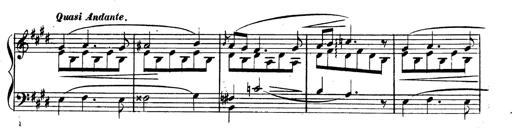
Title: 3 Caprices-Valses
Composer: Franz Liszt